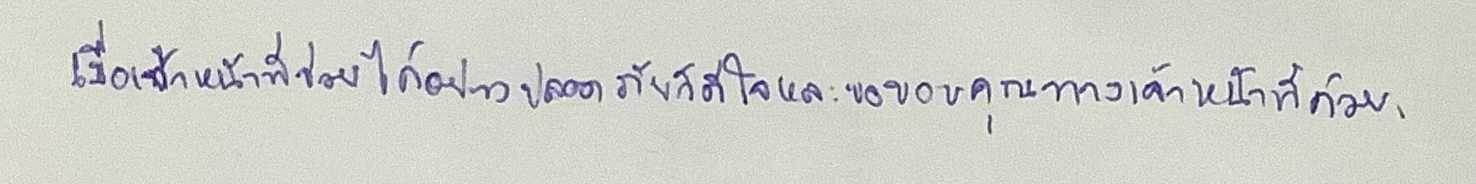
เมื่อเจ้าหน้าที่ช่วยได้อย่างปลอดภัยก็ดีใจและขอขอบคุณทางเจ้าหน้าที่ด้วย